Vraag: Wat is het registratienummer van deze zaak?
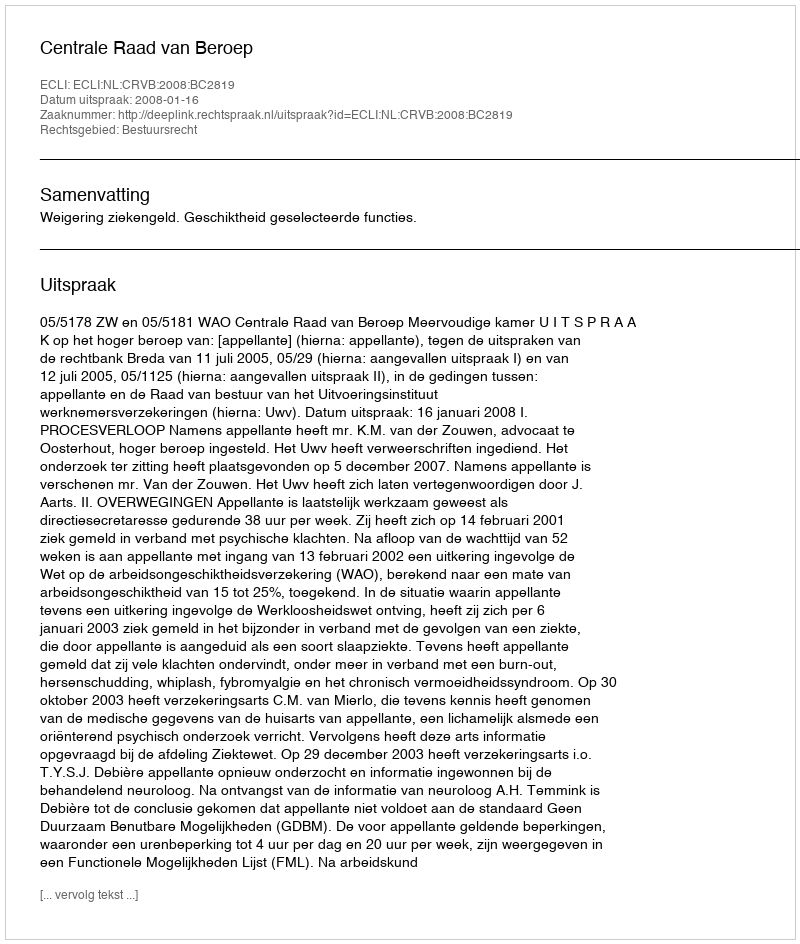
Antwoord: http://deeplink.rechtspraak.nl/uitspraak?id=ECLI:NL:CRVB:2008:BC2819